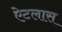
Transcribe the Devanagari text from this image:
ऐटलास